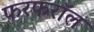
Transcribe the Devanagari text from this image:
फरफरॉल